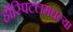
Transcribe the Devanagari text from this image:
हॉस्पिटलमधल्या